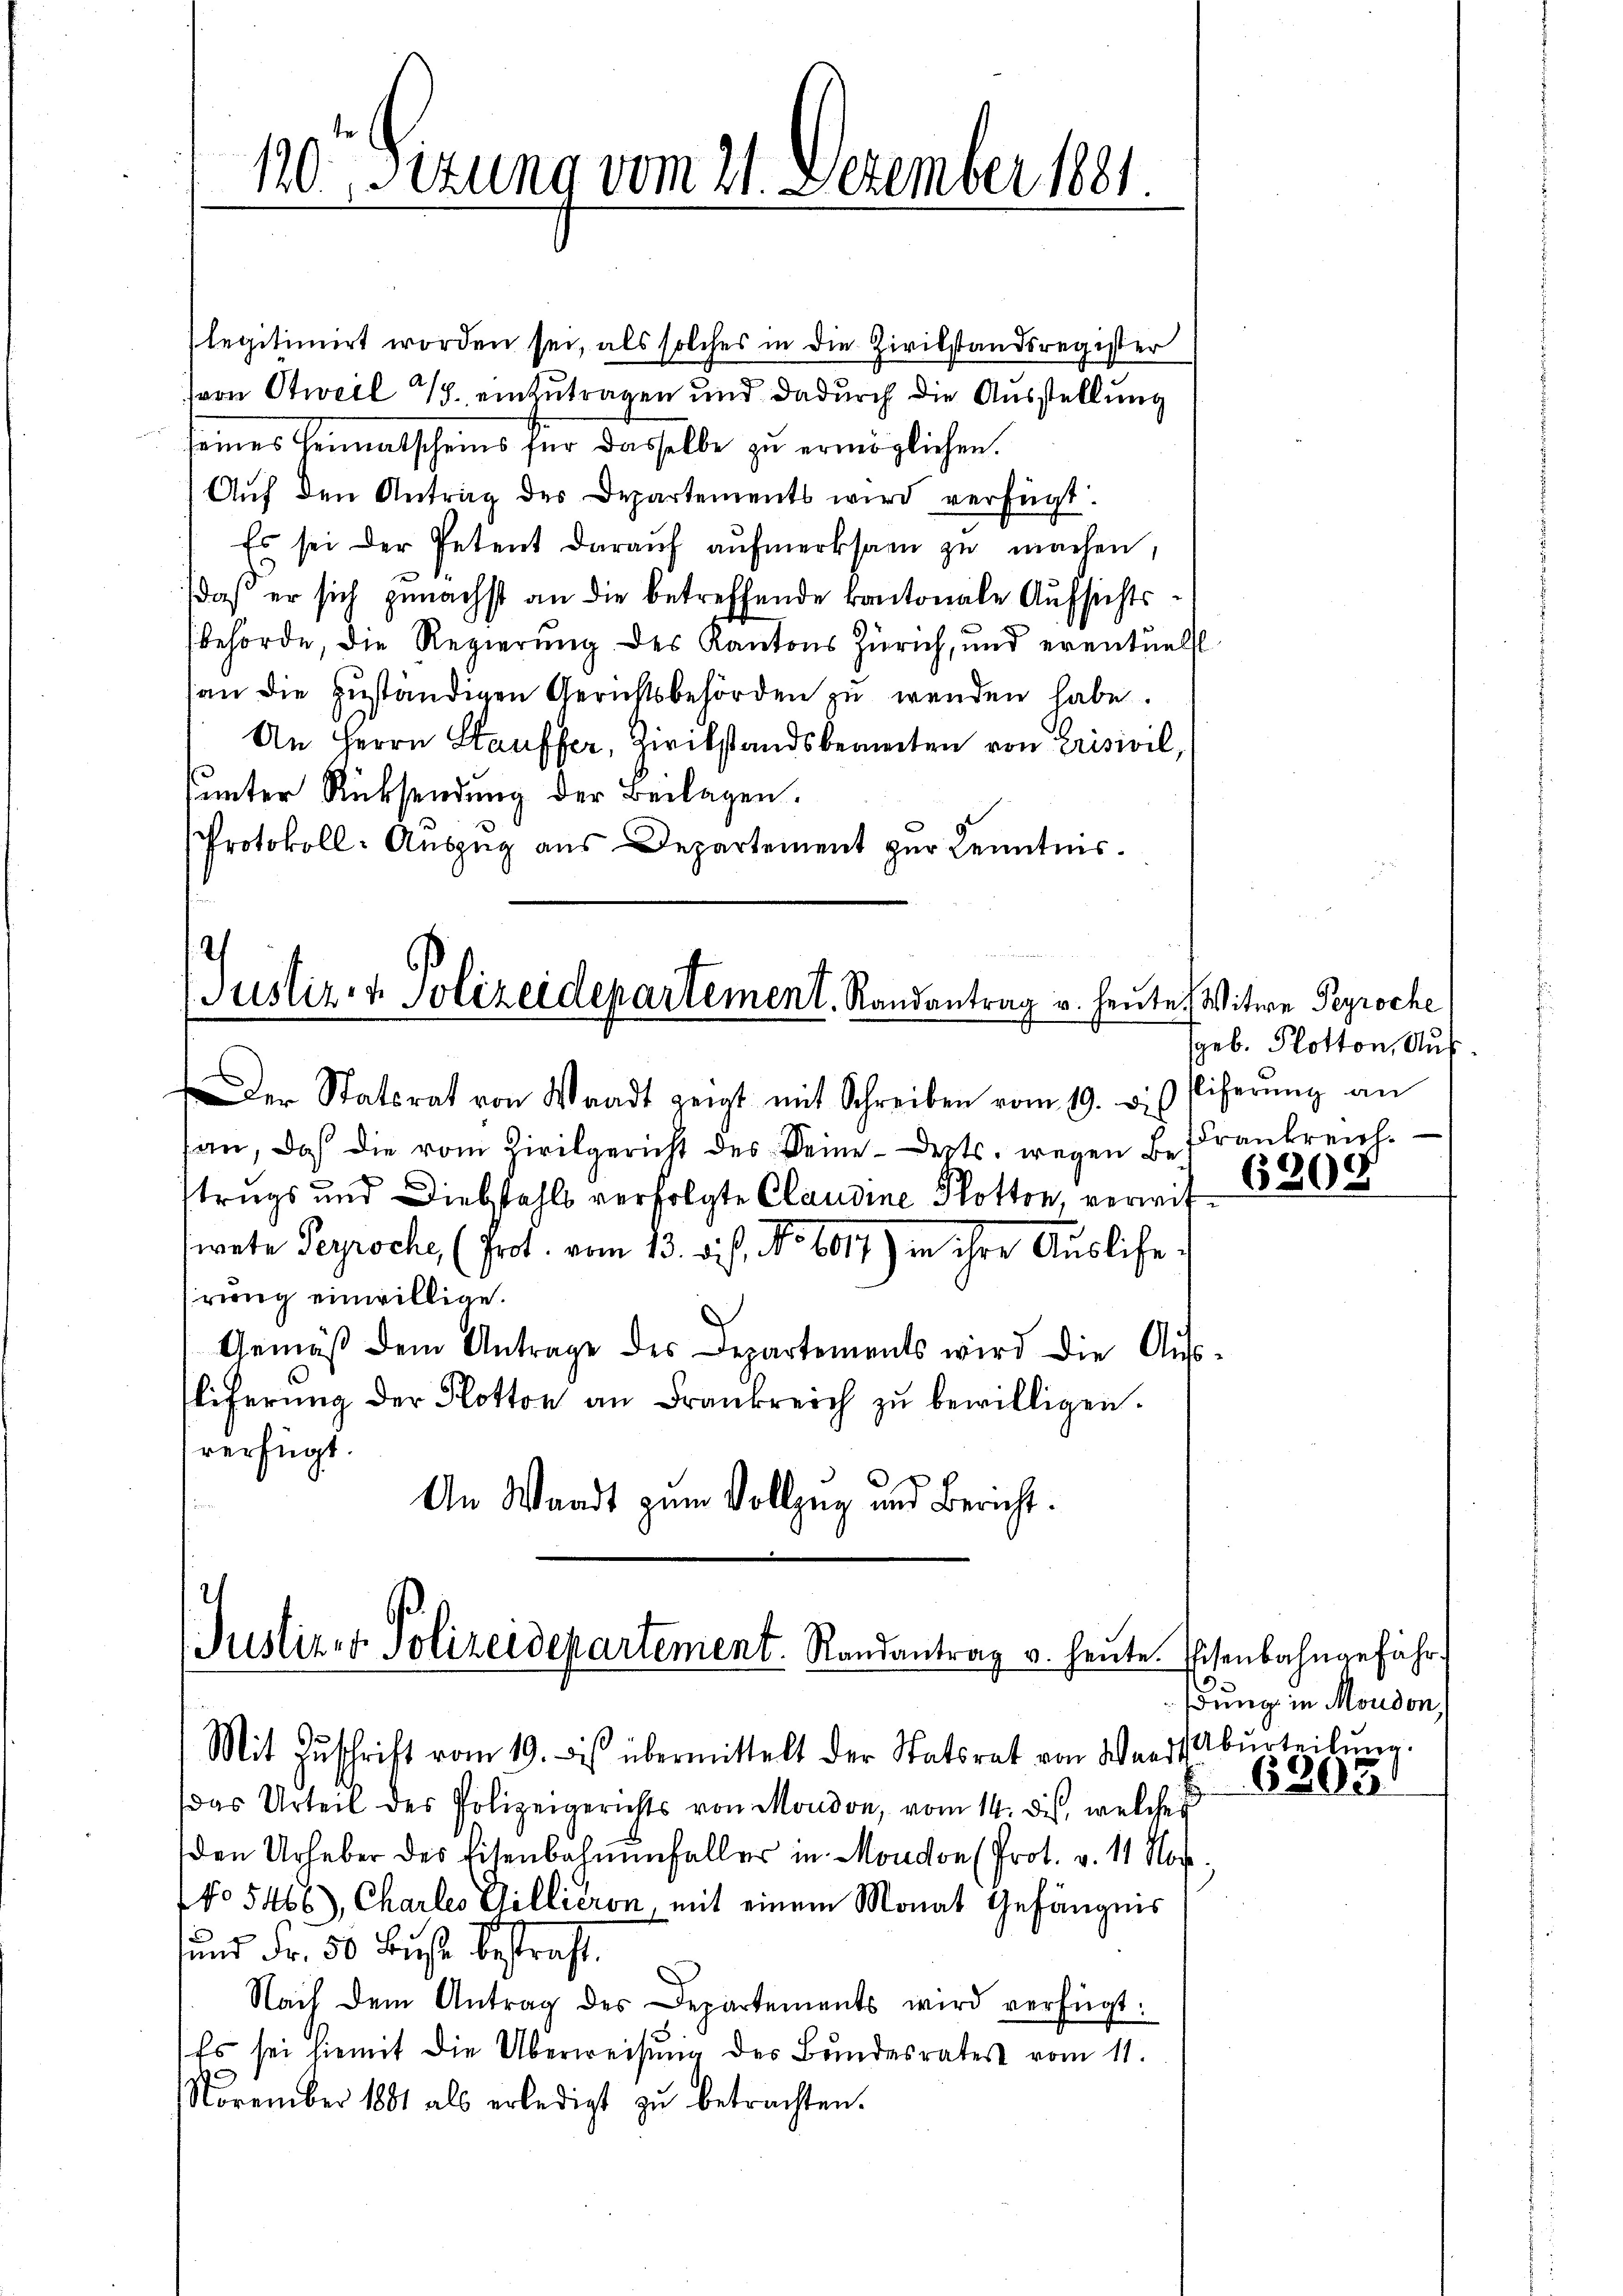
10. Sizung vom 21. Dezember 1881.

legitimirt worden sei, als solches in die Zivilstandsregister
von Stweil 7. einzutragen und dadurch die Ausstellung
seines Heimatscheins für dasselbe zu ermöglichen.
Aŭf den Antrag des Departements wird verfügt:
Es sei der Petent daraŭf aŭfmerksam zu machen,
daß er sich zunächst an die betreffende kantonale Aufsichtsbehörde, die Regierung des Kantons Zürich, und eventuell
an die zuständigen Gerichtsbehörden zu wenden habe.
An Herrn Hauffer, Zivilstandsbereiten von Crisivil,
sunter Rücksendung der Beilagen.
Protokoll-Auszug aus Departement zur Kenntnis.

Justiz- & Polizeidepartement. Randantrag v. heute Witwe Peyroche

Der Statsrat von Waadt zeigt mit Schreiben vom 19. dis
san, daß die vom Zivilgericht des Deine derts. wegen Bestrugs und Diebstahls verfolgte Claudine Plotten, vermit
wete Perroche (Prot. vom 13. dich. No 1017) in ihre Ausliefe
rung einwillige.
.
Gemäβ dem Antrage des Departements wird die Aŭs
liferŭng der Flotton an Frankreich zŭ bewilligen.
verfügt.
An Waadt zum Vollzug und Bericht.

Justizer Polizeidepartement. Randantrag v. heute. Eisenbahngefähr-

geb. Potton, Auf
Eliferung an
FFrankreich.
6308

Mit Zŭschrift vom 19. bis übermittelt der Statsrat von Waadt Abŭrteilŭng.
das Urteil des Polizeigerichts von Moudon, vom 14. dies, welcher
den Urheber des Eisenbahnenfaller in Moudon (Prot. v. 11 Nov.
No 5466), Charles Gillieron, mit einem Monat Gefängnis
und Fr. 50 Buße bestraft.
Nach dem Antrag des Departements wird verfügt:
Es sei hiemit die Überweisung des Bundesrates vom 11.
November 1881 als erledigt zŭ betrachten.

bung in Moudon,
6203.